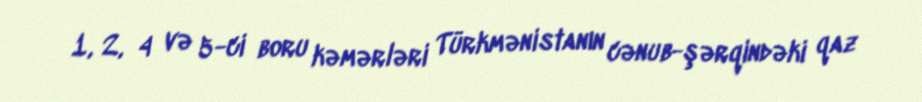
1, 2, 4 və 5-ci boru kəmərləri Türkmənistanın cənub-şərqindəki qaz